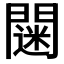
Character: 𨶌